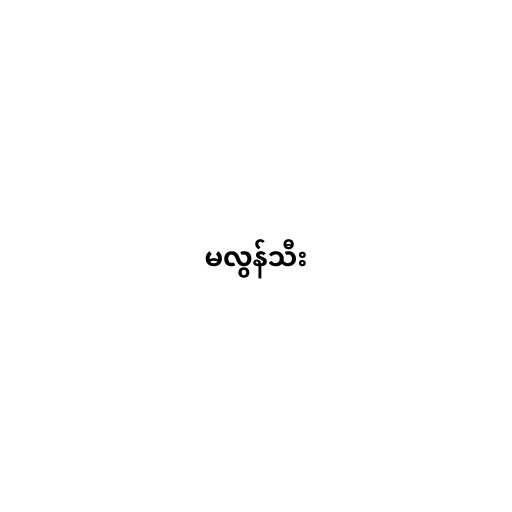
မလွန်သီး